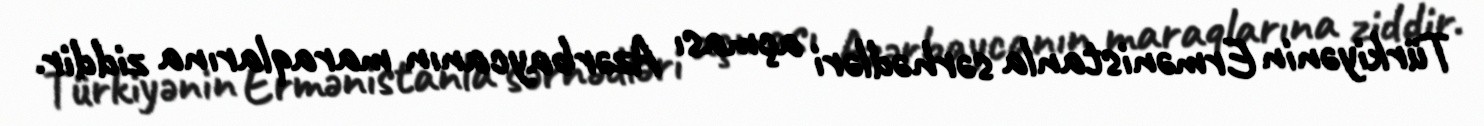
Türkiyənin Ermənistanla sərhədləri açması Azərbaycanın maraqlarına ziddir.